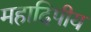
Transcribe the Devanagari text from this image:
महादिपीय